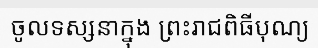
ចូលទស្សនាក្នុង ព្រះរាជពិធីបុណ្យ